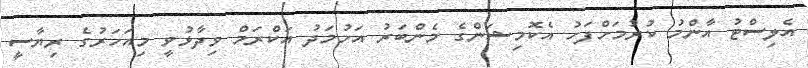
އެލިސްޓު އާންމު ކުރުމަށްފަހު އެކޮމިޝަންގެ މެންބަރު އަހުމަދު އަކްރަމް ވިދާޅުވީ މިއަހަރުގެ ރިޔާސީ